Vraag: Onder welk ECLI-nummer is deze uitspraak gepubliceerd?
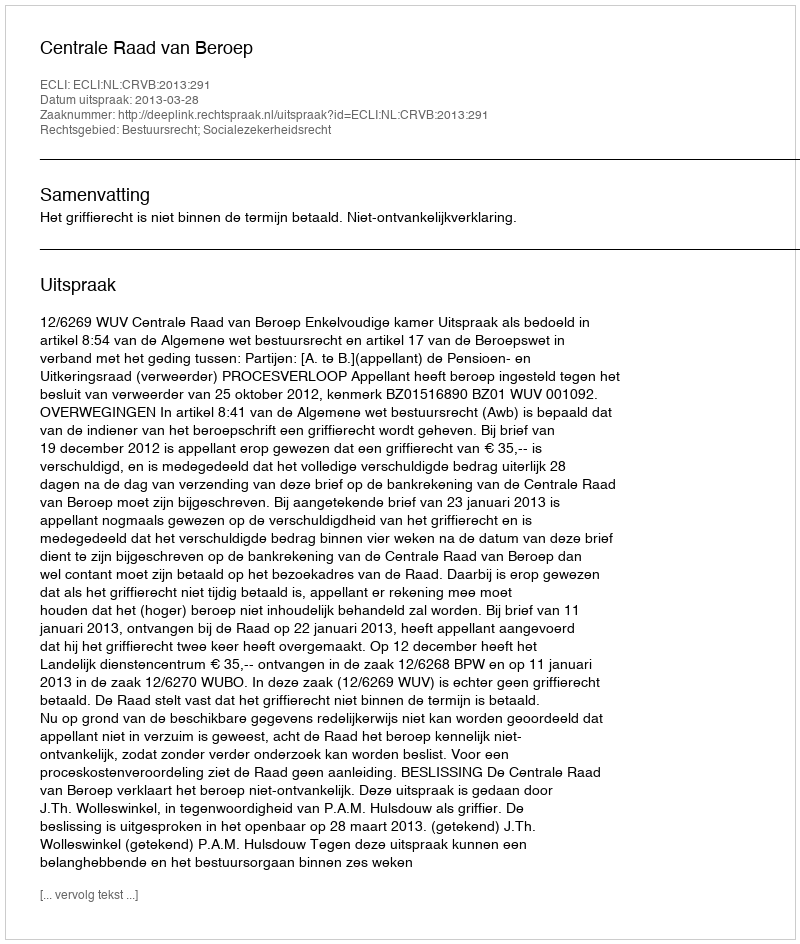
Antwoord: ECLI:NL:CRVB:2013:291